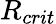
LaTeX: R_{crit}